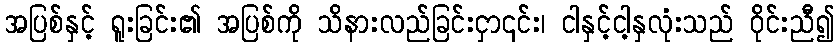
အပြစ်နှင့် ရူးခြင်း၏ အပြစ်ကို သိနားလည်ခြင်းငှာ၎င်း၊ ငါနှင့်ငါ့နှလုံးသည် ဝိုင်းညီ၍